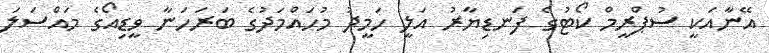
އޭނާއަކީ ސުޕްރީމް ކޯޓުގެ ފަނޑިޔާރު އަލީ ހަމީދު މުހައްމަދުގެ ބަރަހަނާ ވީޑިއޯގެ މައްސަލަ